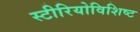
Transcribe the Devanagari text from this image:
स्टीरियोविशिष्ट